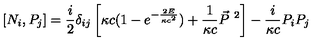
[ N _ { i } , P _ { j } ] = \frac { i } { 2 } \delta _ { i j } \left[ \kappa c ( 1 - e ^ { - \frac { 2 E } { \kappa c ^ { 2 } } } ) + \frac { 1 } { \kappa c } \vec { P } ^ { \ 2 } \right] - \frac { i } { \kappa c } P _ { i } P _ { j }